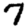
Digit: 7